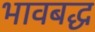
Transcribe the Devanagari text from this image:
भावबद्ध